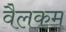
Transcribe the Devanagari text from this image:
वैलकम